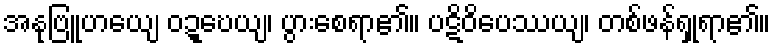
အနုဗြူဟယျေ ဝဍ္ဎေယျ၊ ပွားစေရာ၏။ ပဋိဝိပေဿယျ၊ တစ်ဖန်ရှုရာ၏။